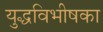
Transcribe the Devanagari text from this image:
युद्धविभीषका